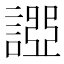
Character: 𧪧